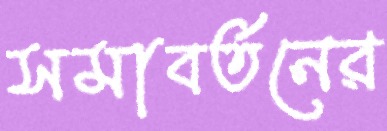
সমাবর্তনের